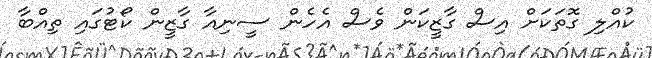
ކުއްލި ގޮތަކަށް އިސް ގާޒީކަން ވެސް އެހެން ސީނިއާ ގާޒީން ކޯޓުގައި ތިއްބާ